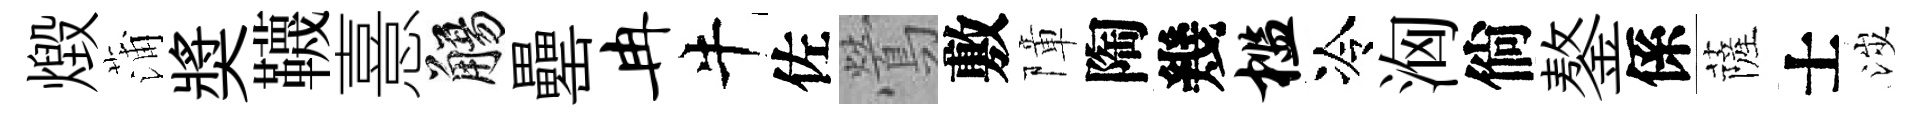
燬蒲奬韈憙觴罍冉牛佐鶯敷障陶幾槛冷洶倘鏊係薩士涉